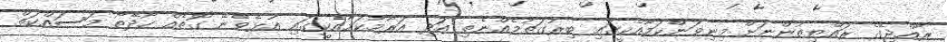
ރާއްޖޭގެ ރައްޔިތުންނަށް މިނިވަންކަމާއެކީގައި ބިރުގަތުމެއްނެތި އަދި އަރާމުކަމާއެކީގައި އުޅެވޭނޭ ގޮތެއް ހޯދޭތޯ މަސައްކަތް